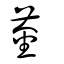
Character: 菳